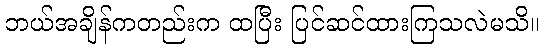
ဘယ်အချိန်ကတည်းက ထပြီး ပြင်ဆင်ထားကြသလဲမသိ။